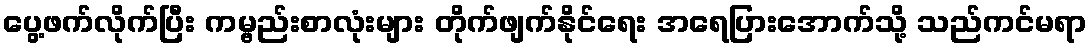
ပွေ့ဖက်လိုက်ပြီး ကမ္ဗည်းစာလုံးများ တိုက်ဖျက်နိုင်ရေး အရေပြားအောက်သို့ သည်ကင်မရာ